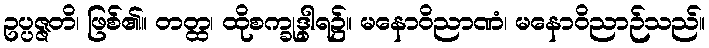
ဥပ္ပဇ္ဇတိ၊ ဖြစ်၏။ တတ္ထ၊ ထိုစက္ခုဒွါရ၌။ မနောဝိညာဏံ၊ မနောဝိညာဉ်သည်။